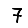
Digit: 7